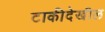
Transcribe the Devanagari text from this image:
टाकीदेखील